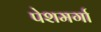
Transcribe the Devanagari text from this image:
पेशमर्गा